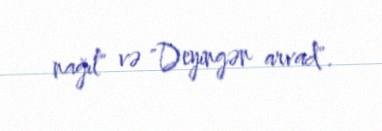
nağıl" və "Deyingən arvad".